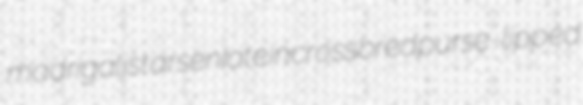
madrigalist arseniate incrossbred purse-lipped